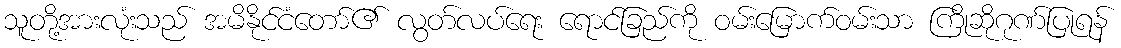
သူတို့အားလုံးသည် အမိနိုင်ငံတော်၏ လွတ်လပ်ရေး ရောင်ခြည်ကို ဝမ်းမြောက်ဝမ်းသာ ကြိုဆိုဂုဏ်ပြုရန်